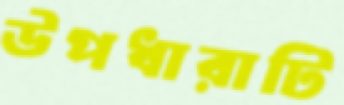
উপধারাটি